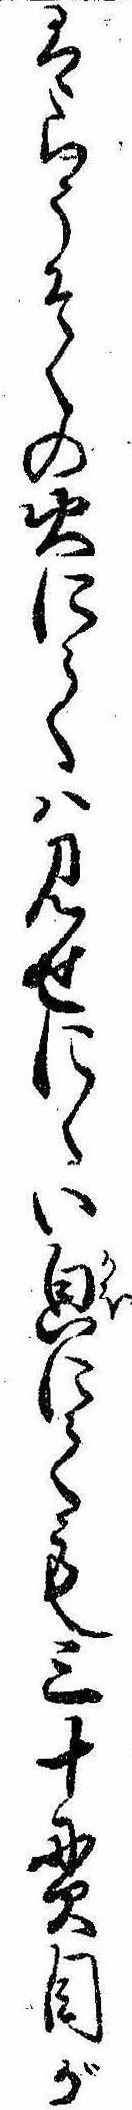
はらうそくの火にては見せにくい㒵にても三十貫目が